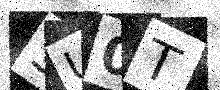
Text: SU0T